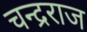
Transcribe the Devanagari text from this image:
चन्द्रराज